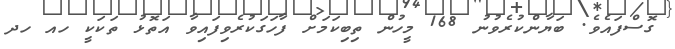
ގޮސްފައެވެ. ބަޔާންކުރެވުނު 168 މީހުން ތިބިކަމަށް ފާހަގަކުރެވިފައިވާ އަތޮޅު ތަކަކީ ހއ ހދ